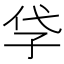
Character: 𡥖